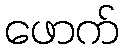
ဖောက်